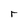
Character: r